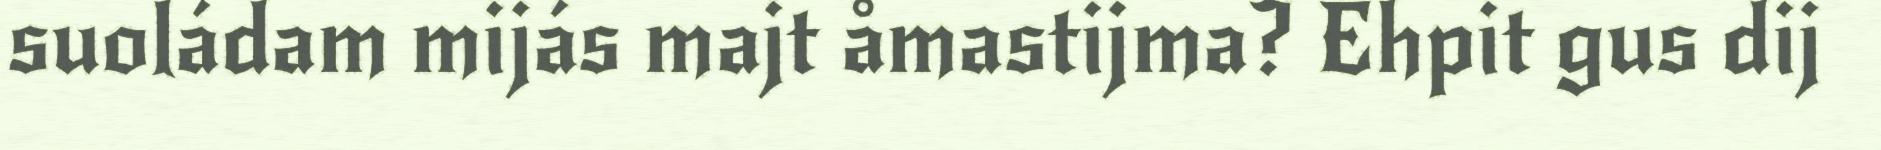
suoládam mijás majt åmastijma? Ehpit gus dij